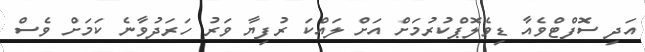
އަދި ސޮފްޓްވެއާ ޑިވެލޮޕްކުރުމަށް އަށް ލައްކަ ރުފިޔާ ވަރު ހަރަދުވާނެ ކަމަށް ވެސް